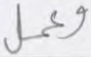
وعمل